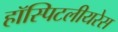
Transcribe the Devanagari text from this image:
हॉस्पिटलीयरेस